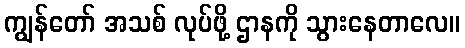
ကျွန်တော် အသစ် လုပ်ဖို့ ဌာနကို သွားနေတာလေ။